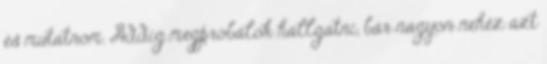
és mutatnom. Addig megpróbálok hallgatni, bár nagyon nehéz azt